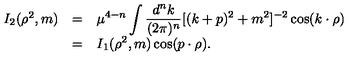
\begin{array} { r c l } { I _ { 2 } ( \rho ^ { 2 } , m ) } & { = } & { \displaystyle \mu ^ { 4 - n } \int \frac { d ^ { n } k } { ( 2 \pi ) ^ { n } } [ ( k + p ) ^ { 2 } + m ^ { 2 } ] ^ { - 2 } \cos ( k \cdot \rho ) } \\ { } & { = } & { \displaystyle I _ { 1 } ( \rho ^ { 2 } , m ) \cos ( p \cdot \rho ) . } \\ \end{array}